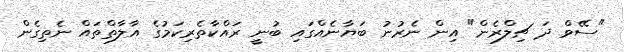
"ސޭވް ދަ ޗިލްރެން" އިން ނެރުނު ބަޔާނެއްގައި ބުނީ ރައްކާތެރިކަމުގެ އާލާތްތައް ނެތިގެން